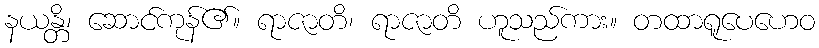
နယန္တိ၊ ဆောင်ကုန်၏။ ရာဇာတိ၊ ရာဇာတိ ဟူသည်ကား။ တထာရူပေဟေဝ